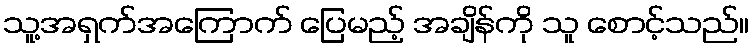
သူ့အရှက်အကြောက် ပြေမည့် အချိန်ကို သူ စောင့်သည်။